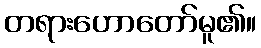
တရားဟောတော်မူ၏။